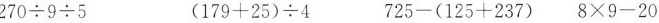
270÷9÷5 (179+25)÷4